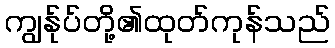
ကျွန်ုပ်တို့၏ထုတ်ကုန်သည်